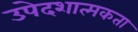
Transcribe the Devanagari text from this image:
उपेदशात्मकता